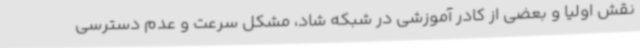
نقش اولیا و بعضی از کادر آموزشی در شبکه شاد، مشکل سرعت و عدم دسترسی